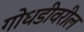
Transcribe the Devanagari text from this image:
गोधडीवरील